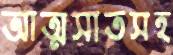
আত্মসাতসহ